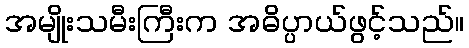
အမျိုးသမီးကြီးက အဓိပ္ပာယ်ဖွင့်သည်။